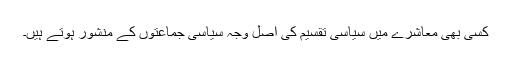
کسی بھی معاشرے میں سیاسی تقسیم کی اصل وجہ سیاسی جماعتوں کے منشور ہوتے ہیں۔